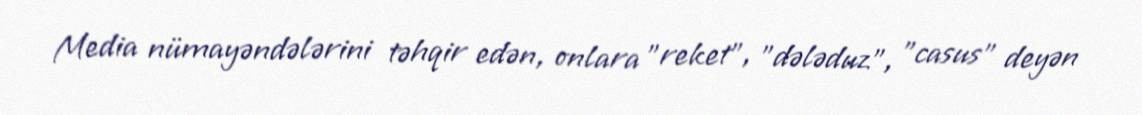
Media nümayəndələrini təhqir edən, onlara "reket", "dələduz", "casus" deyən